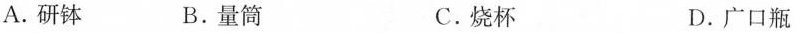
A.研钵 B.量筒 C.烧杯 D.广口瓶